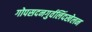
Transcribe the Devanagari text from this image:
गोपसदनगुर्वलिंदखेलन